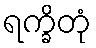
ရက္ခိတုံ